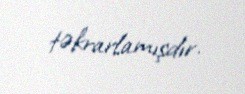
təkrarlamışdır.